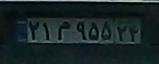
۲۱م۹۵۵۲۴